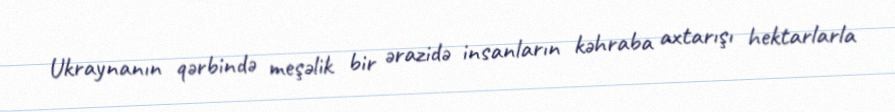
Ukraynanın qərbində meşəlik bir ərazidə insanların kəhraba axtarışı hektarlarla